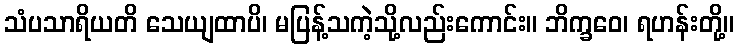
သံပသာရိယတိ သေယျထာပိ၊ မပြန့်သကဲ့သို့လည်းကောင်း။ ဘိက္ခဝေ၊ ရဟန်းတို့။